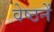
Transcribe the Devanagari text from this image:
वेष्ठनें